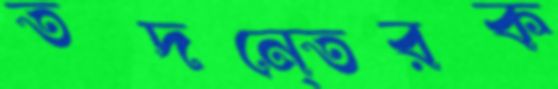
তদনে্তরক